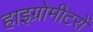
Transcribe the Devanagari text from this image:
हाइग्रोमीटरों